Leaving Certificate Examination, 1912
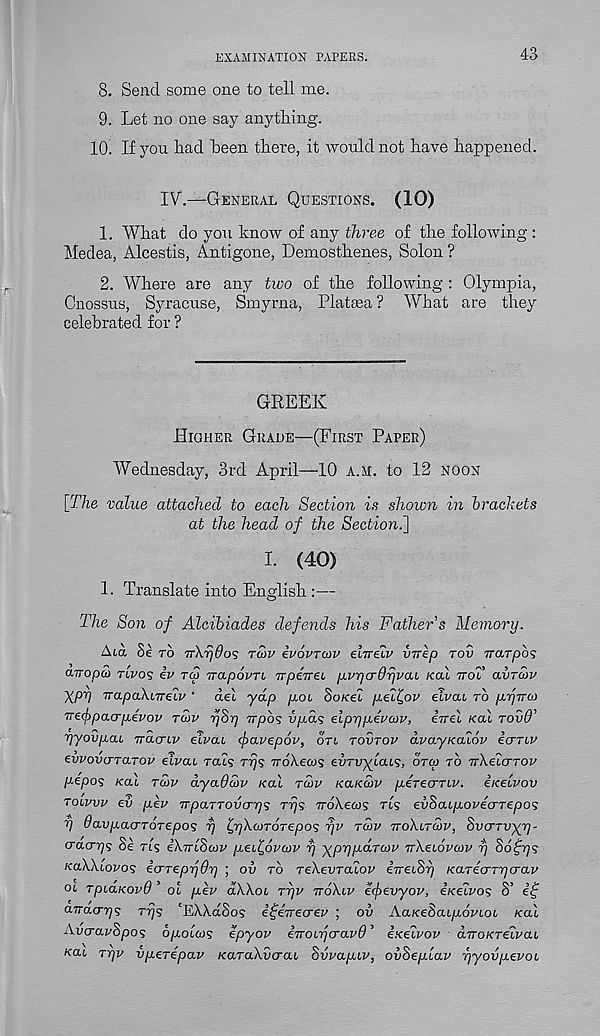
EXAMINATION PAPERS.
43
8. Send some one to tell me.
9. Let no one say anything.
10. If you had been there, it would not have happened.
IV.—General Questions. (10)
1. What do you know of any three of the following :
Medea, Alcestis, Antigone, Demosthenes, Solon ?
2. Where are any two of the following : Olympia,
Cnossus, Syracuse, Smyrna, Platsea ? What are they
celebrated for ?
GREEK
Higher Grade—(First Paper)
Wednesday, 3rd April—10 a.m. to 12 noon
[The value attached to each Section is shown in brackets
at the head of the Section^}
I. (40)
1. Translate into English :—
The Son of Alcibiades defends his Father s Memory.
Aid Se ro Trkrjdos tcov ivovrcov elneiv vrrep tov TTtxTpbs
arropci) tlvos iv tco TrapovTL TrpeVei p.vr)crdrjvcu kcu ttoT avrcop
Xpr/ TTO-paXiTrelv ' del yap poi boKei pei^ov eTvai to p-yTroi
Trefipacrpevov twv rjSr) Trpbs vpds eiprjpevtxiv, eVei kcli rovd'
yyovpai, Tracnv elvai (farepov, otl tovtov dvayKaiov ecrriv
evvov<jTtiTov eXvai rai? tt}9 7rdA.ea)s e-UTvylaLs, otco to TrXelcrTOv
pepos Kal tcov dyaOcov Kal tuv kukcov peTeaTiv. ixelvov
TOivvv ev pep TrpaTTOvcrrjs Trjs noXeais tls evbaipoveaTepos
V davpacrTOTepos y ^yXcoTOTepos yv tuiv ttoXltcop, SvcrTvyr]'
cracrys Se ris iXTrlSaip pei^oratp y ypypdrcop TrXei6va>p y 86£ys
KaXXiovos ecjTepyOy ; ov to TeXevTaiop iireiSy KaTeaTycrap
ol TpiaKovO ’ oi pev oXXol Typ ttoXlp e<f)evyop, eieeipos S’ ef
anacrys Tys 'EXXdSos i^eTrecrep ; ov AaKeBaipomoL Kal
AvcrapSpos dpolcvs epyov eiroirpravf) ’ exeivop arroKTelvai
kul Tyv vpeTepav KaTuXvcrai 8vpapi.v, ovSeplar yyovpevoi